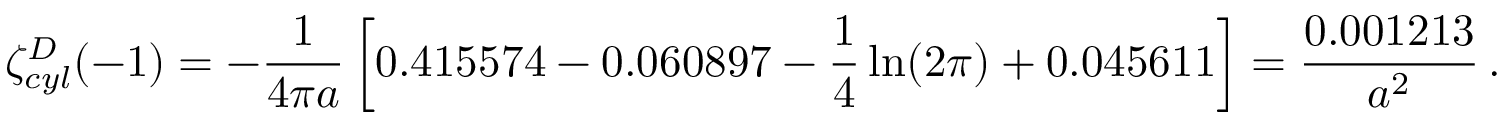
\zeta _ { c y l } ^ { D } ( - 1 ) = - \frac { 1 } { 4 \pi a } \left[ 0 . 4 1 5 5 7 4 - 0 . 0 6 0 8 9 7 - \frac { 1 } { 4 } \ln ( 2 \pi ) + 0 . 0 4 5 6 1 1 \right] = \frac { 0 . 0 0 1 2 1 3 } { a ^ { 2 } } \, { . }